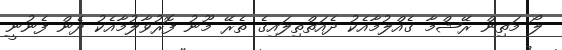
ލޯ މަތިން ރޭޝްމާ ގެއްލުމާއެކު ދެއަތްތިލައިގެ ތެރޭ މޫނު ފޮރުވާލުމާއެކު ދެން ފެނުނީ